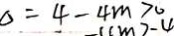
\Delta = 4 - 4 m > 0